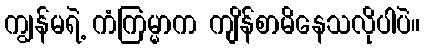
ကျွန်မရဲ့ ကံကြမ္မာက ကျိန်စာမိနေသလိုပါပဲ။